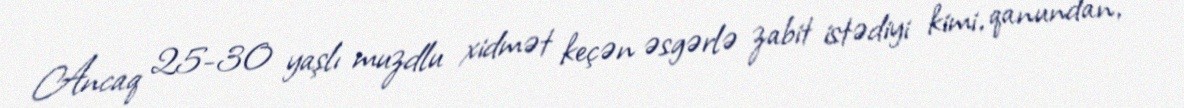
Ancaq 25-30 yaşlı muzdlu xidmət keçən əsgərlə zabit istədiyi kimi, qanundan,